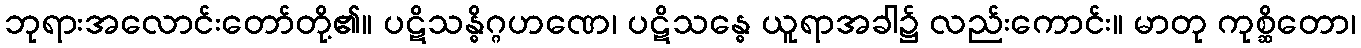
ဘုရားအလောင်းတော်တို့၏။ ပဋိသန္ဓိဂ္ဂဟဏေ၊ ပဋိသန္ဓေ ယူရာအခါ၌ လည်းကောင်း။ မာတု ကုစ္ဆိတော၊